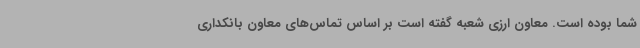
شما بوده است. معاون ارزی شعبه گفته است بر اساس تماس‌های معاون بانکداری